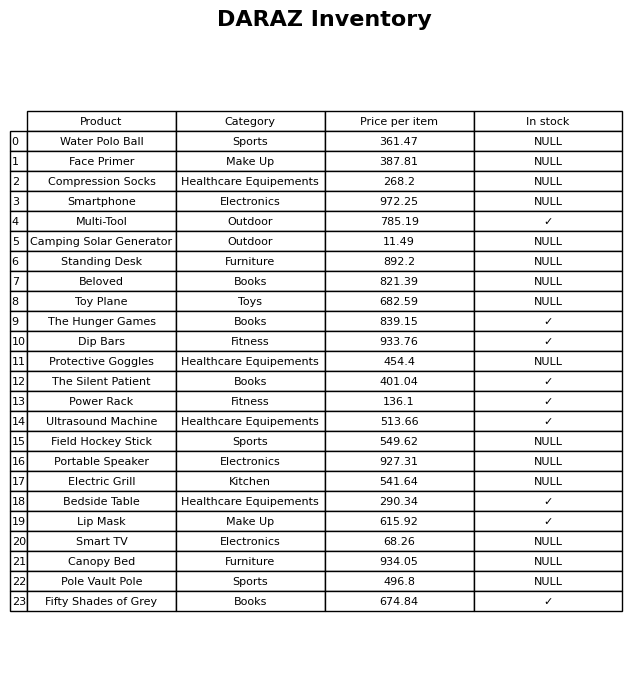
question: What category does the Water Polo Ball belong to?
answer: Sports